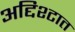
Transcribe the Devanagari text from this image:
अद्दिश्टात